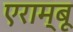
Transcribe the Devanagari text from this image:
एराम्बू